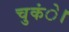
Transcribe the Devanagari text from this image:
चुकंे।